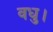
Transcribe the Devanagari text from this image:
वधु।